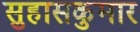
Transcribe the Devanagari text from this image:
सुहासकुमार